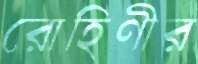
রোহিণীর